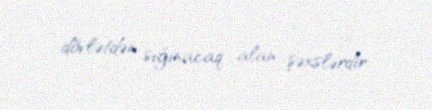
dövlətdən sığınacaq alan şəxslərdir.